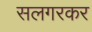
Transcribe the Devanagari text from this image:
सलगरकर